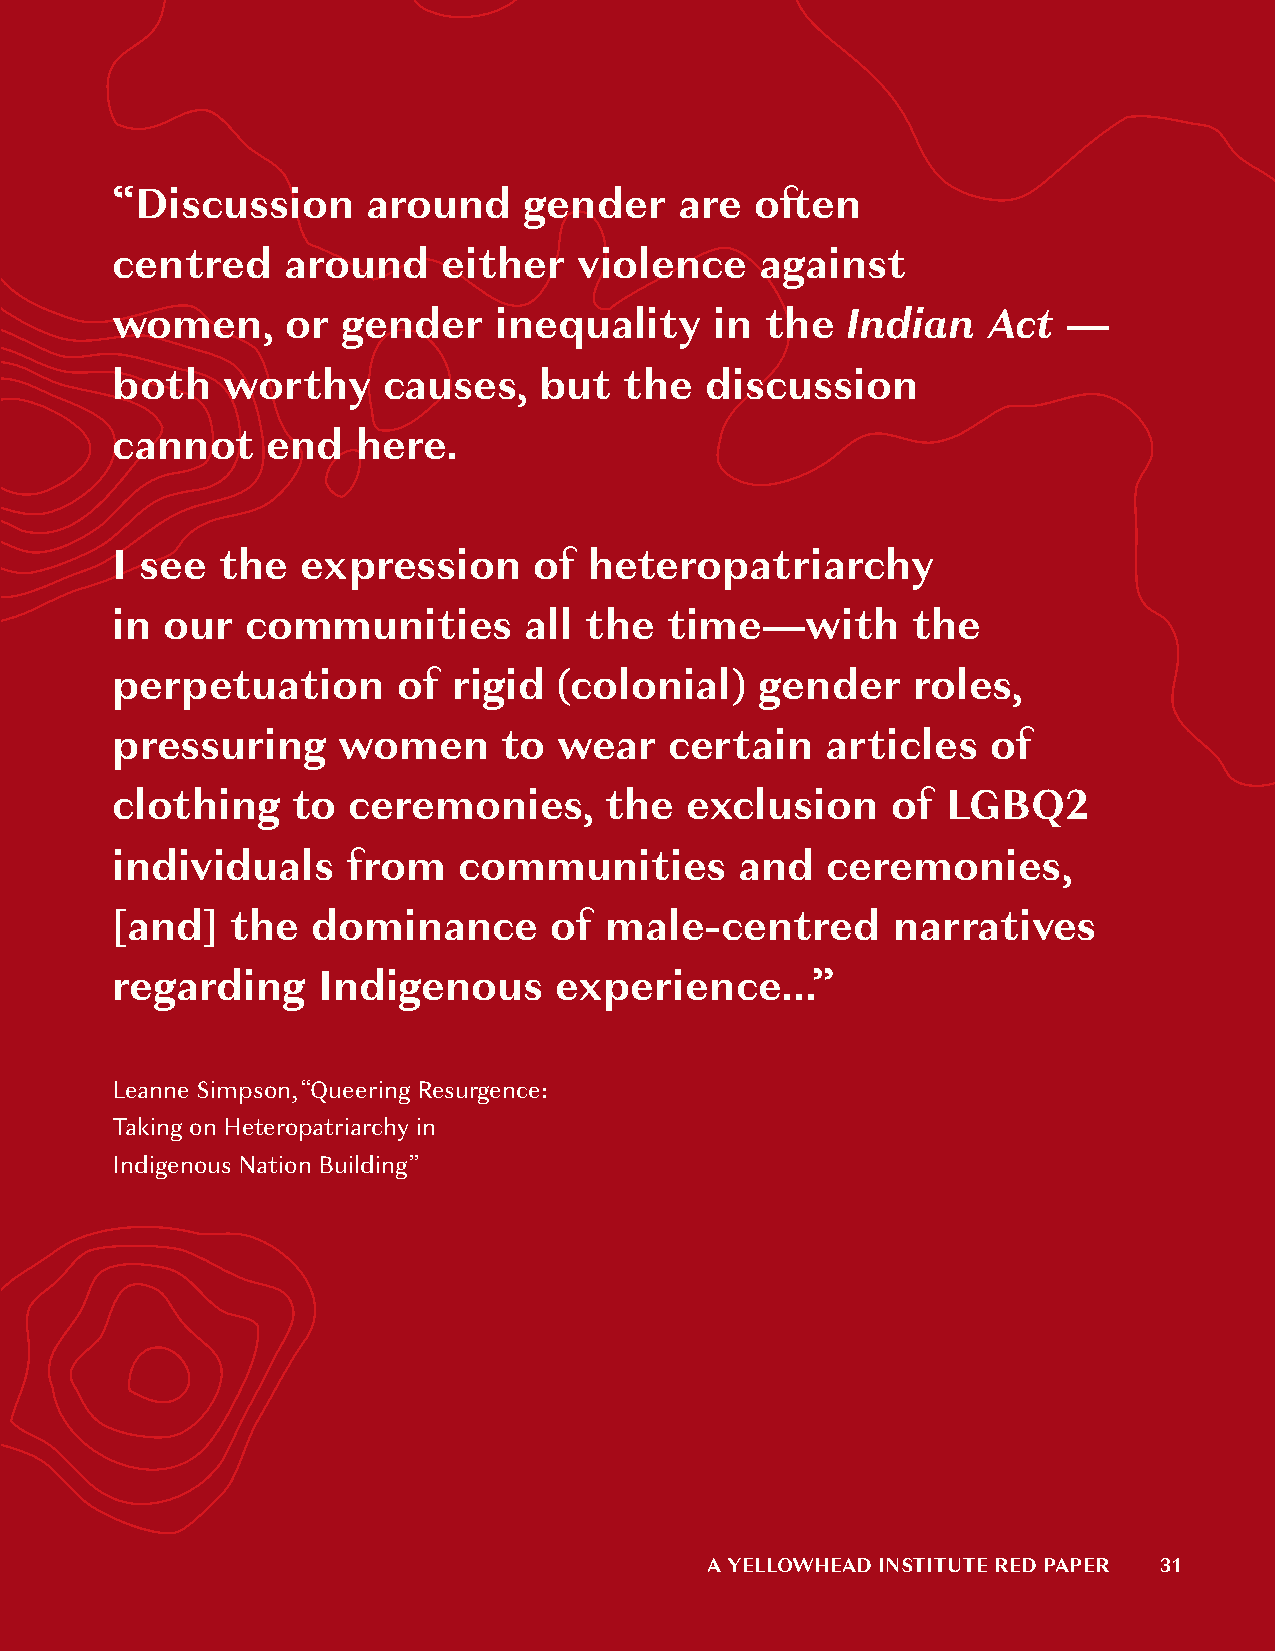
“Discussion      around     gender    are  often
 centred     around    either   violence    against
 women,      or  gender    inequality    in  the  Indian   Act   —
 both    worthy    causes,    but  the   discussion
 cannot     end   here.
 I see   the  expression     of  heteropatriarchy
 in  our  communities        all the  time—with       the
 perpetuation       of  rigid  (colonial)   gender    roles,
 pressuring     women      to  wear   certain    articles   of
 clothing    to  ceremonies,      the  exclusion     of  LGBQ2
 individuals     from   communities        and   ceremonies,
 [and]   the   dominance      of  male-centred       narratives
 regarding     Indigenous      experience...”
 Leanne Simpson, “Queering Resurgence:
 Taking on Heteropatriarchy in
 Indigenous Nation Building”
 A YELLOWHEAD INSTITUTE RED PAPER 31